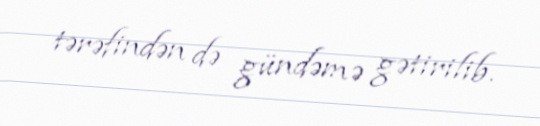
tərəfindən də gündəmə gətirilib.